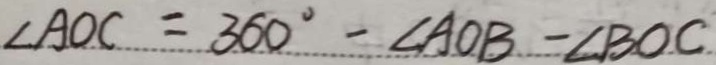
\angle A O C = 3 6 0 ^ { \circ } - \angle A O B - \angle B O C